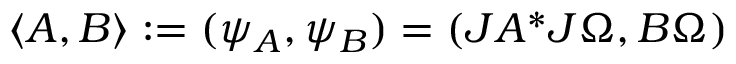
\langle A , B \rangle : = ( \psi _ { A } , \psi _ { B } ) = ( J A ^ { * } J \Omega , B \Omega )